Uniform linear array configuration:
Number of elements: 32
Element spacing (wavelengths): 1
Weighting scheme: uniform
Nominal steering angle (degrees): -60
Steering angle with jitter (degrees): -58.267
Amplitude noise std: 0.05
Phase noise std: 0.05

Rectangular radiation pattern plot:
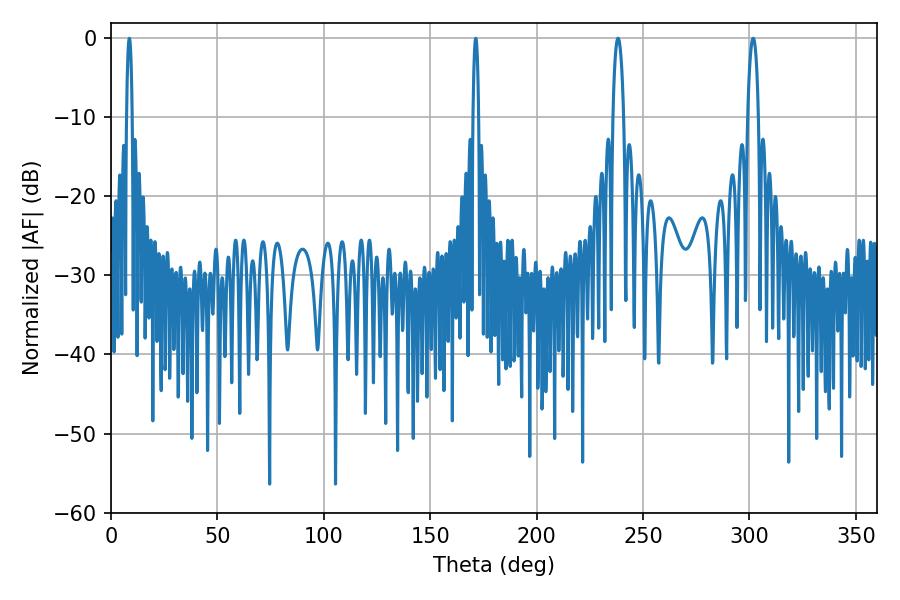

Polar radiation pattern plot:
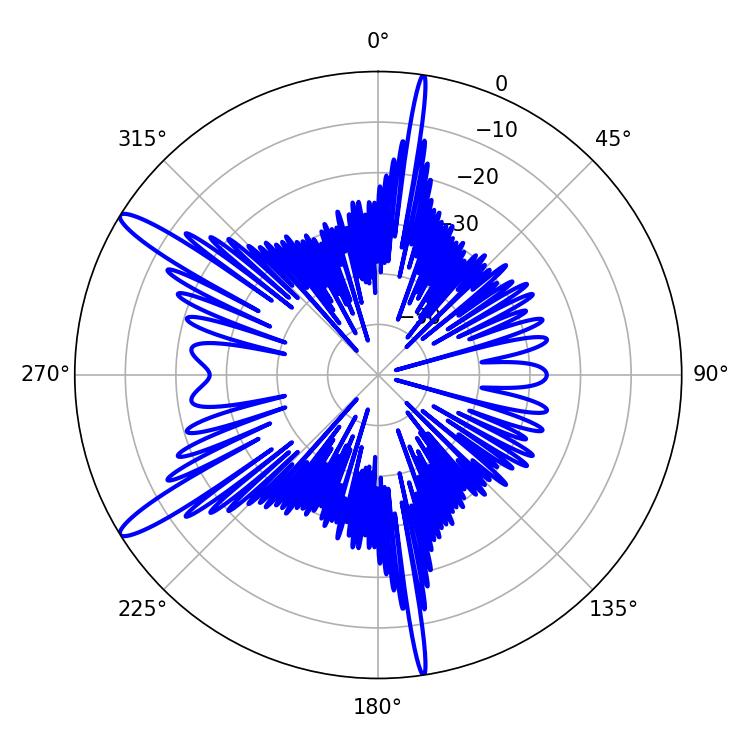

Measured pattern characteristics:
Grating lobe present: TRUE
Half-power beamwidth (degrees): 1.44
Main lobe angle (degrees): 8.64